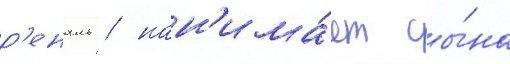
р'еналь / нан'има́ет сы́на